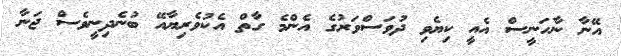
އޭނާ ނާހަނީސް އެއީ ކިޔެވި ދުވަސްވަރުގެ އެންމެ ގާތް އެކުވެރިޔާއޭ ބުނެދިނީވެސް ޖަނާ